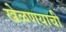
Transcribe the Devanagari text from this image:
खेळणयाची